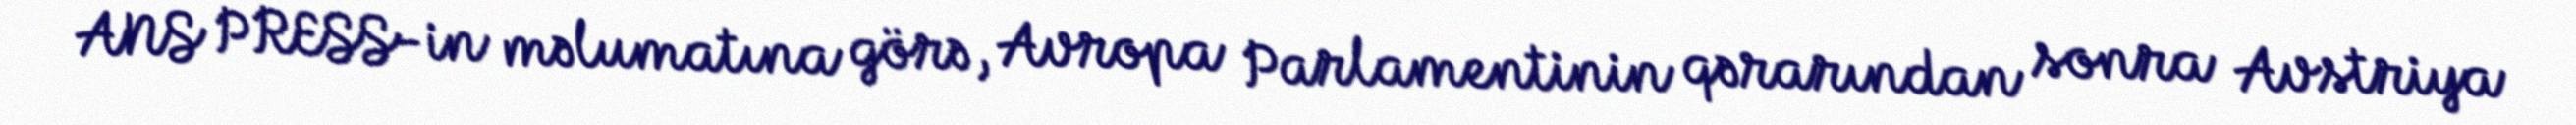
ANS PRESS-in məlumatına görə, Avropa Parlamentinin qərarından sonra Avstriya